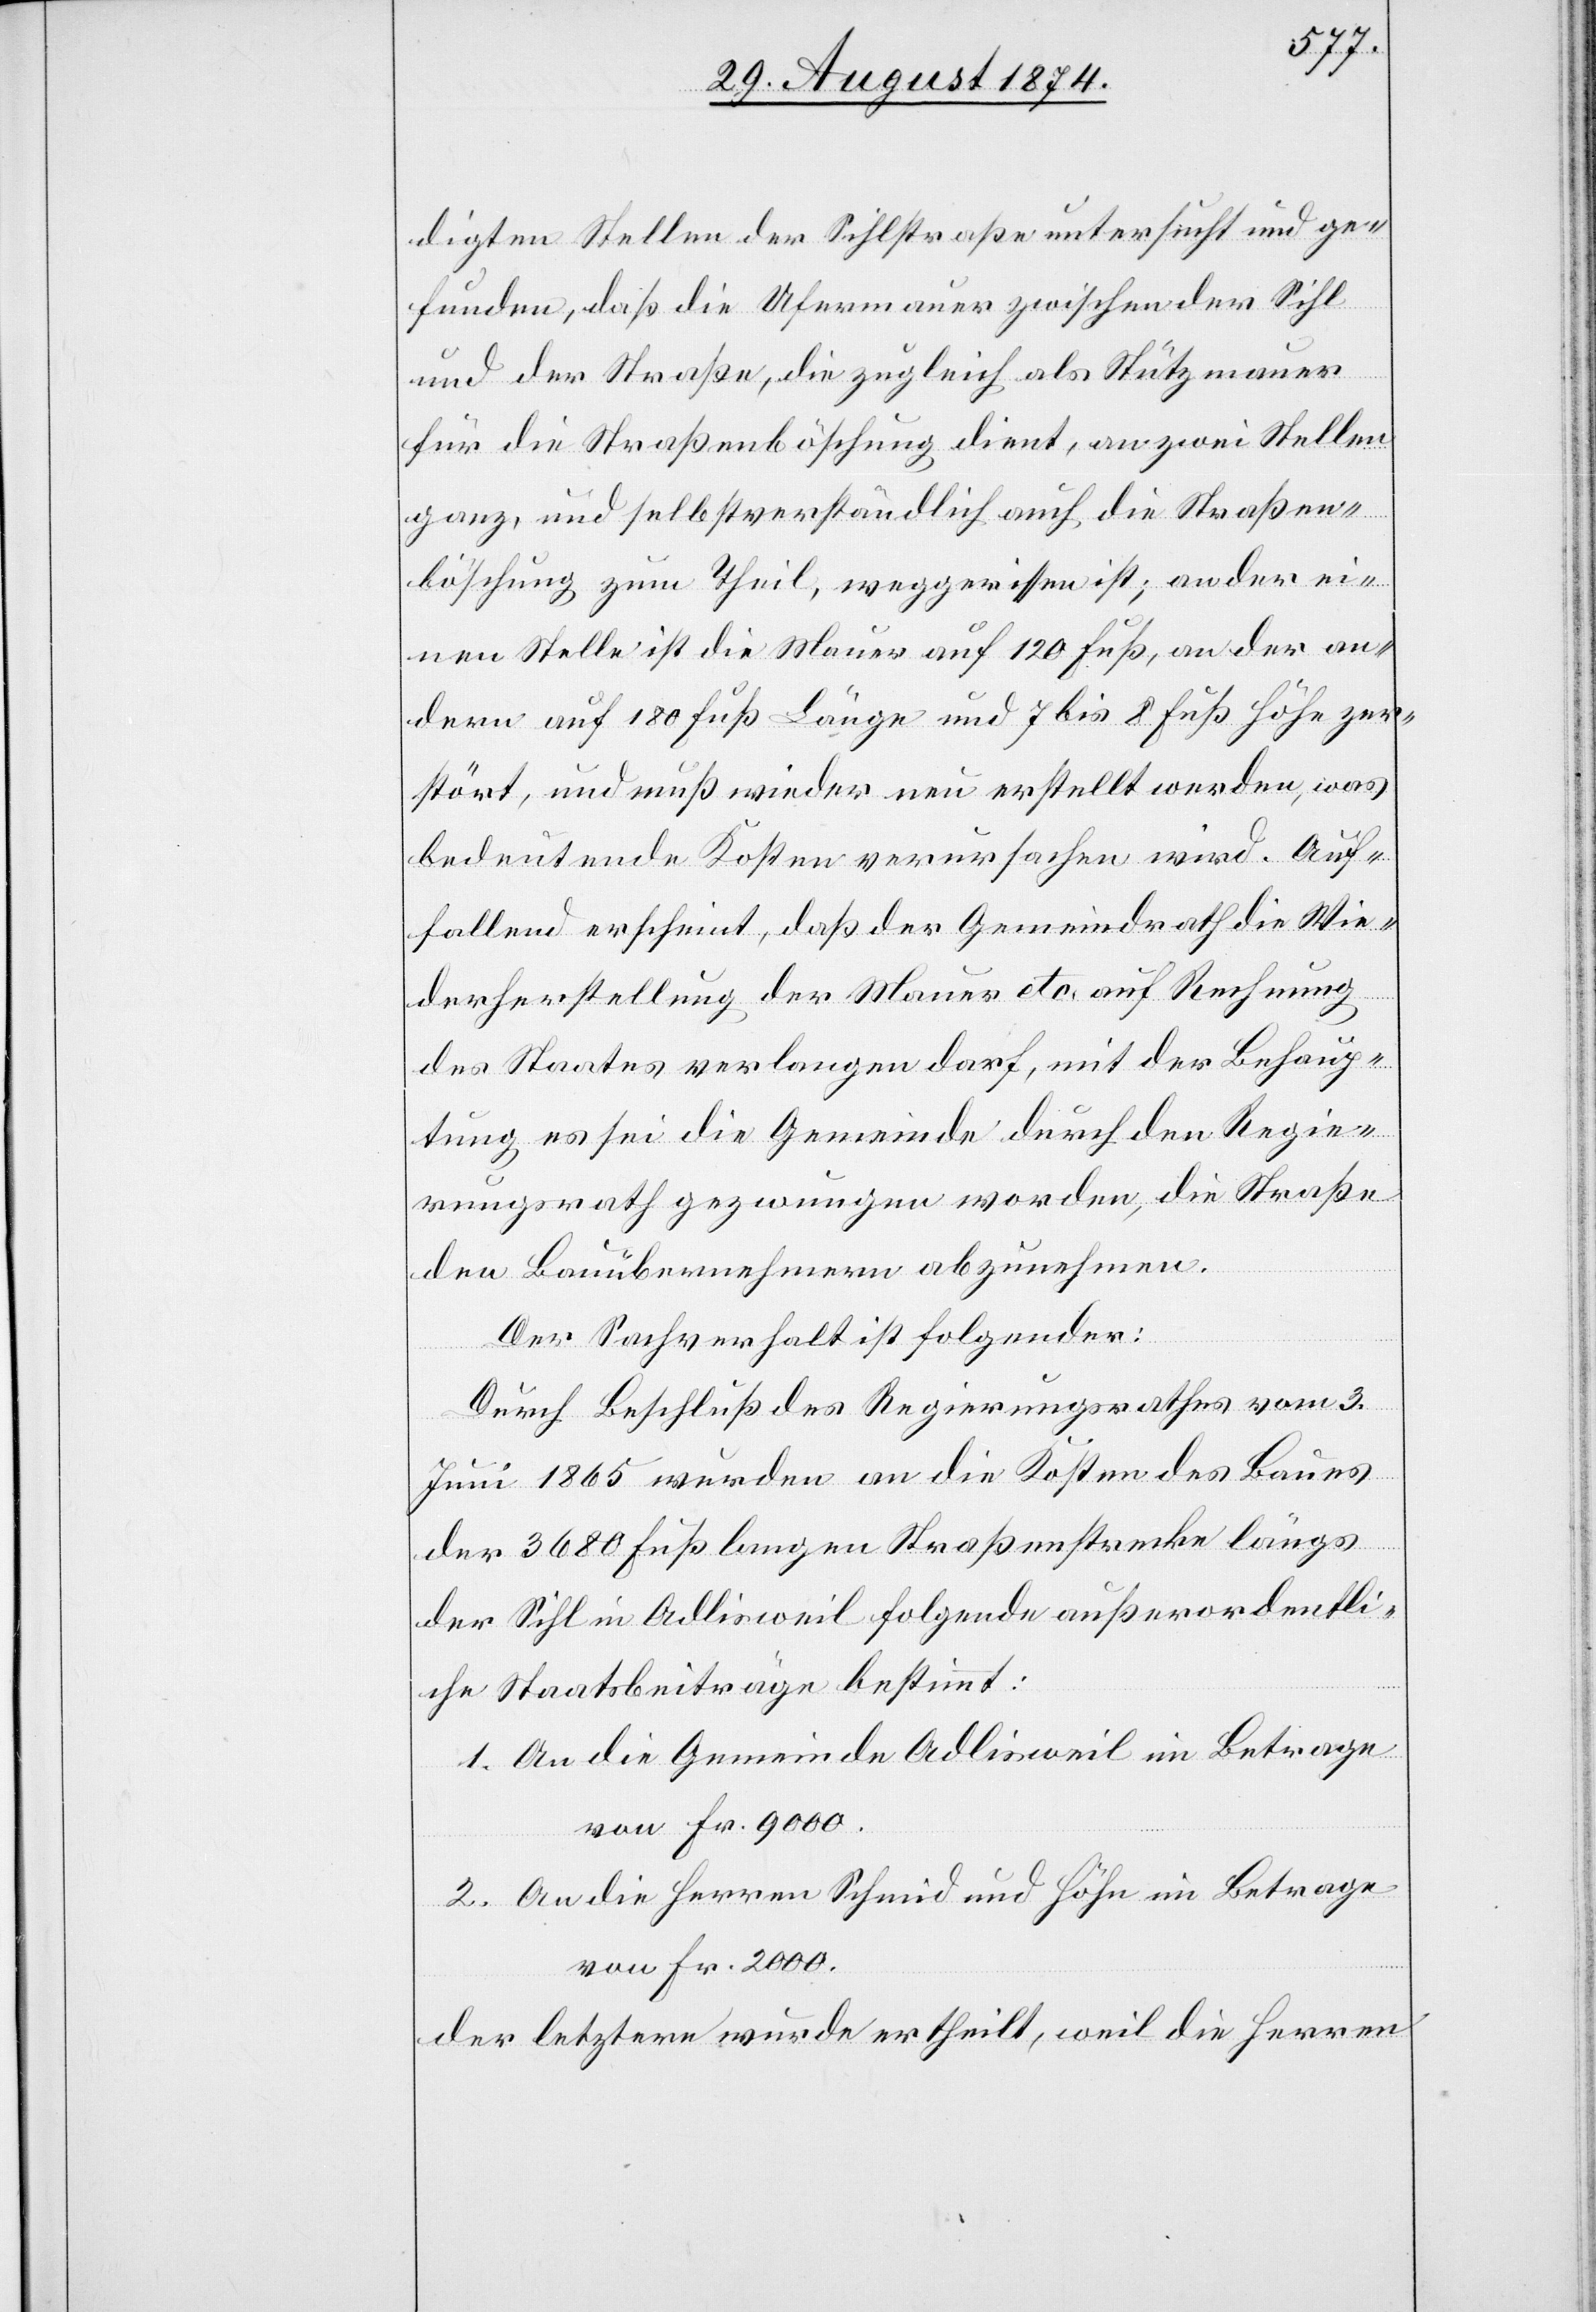
digten Stellen der Sihlstraße untersucht und ge¬
funden, daß die Ufermauer zwischen der Sihl
und der Straße, die zugleich als Stützmauer
für die Straßenböschung dient, an zwei Stellen
ganz, und selbstverständlich auch die Straßen¬
böschung zum Theil, weggerissen ist; an der ei¬
nen Stelle ist die Mauer auf 120 Fuß, an der an¬
dern auf 180 Fuß Länge und 7 bis 8 Fuß Höhe zer¬
stört, und muß wieder neu erstellt werden, was
bedeutende Kosten verursachen wird. Auf¬
fallend erscheint, daß der Gemeindrath die Wie¬
derherstellung der Mauer etc. auf Rechnung
des Staates verlangen darf, mit der Behaup¬
tung es sei die Gemeinde durch den Regie¬
rungsrath gezwungen worden, die Straße
den Bauübernehmern abzunehmen.
Der Sachverhalt ist folgender:
Durch Beschluß des Regierungsrathes vom 3.
Juni 1865 wurden an die Kosten des Baues
der 3680 Fuß langen Straßenstrecke längs
der Sihl in Adlisweil folgende außerordentli¬
che Staatsbeiträge bestimmt:
1. An die Gemeinde Adlisweil im Betrage
von Fr. 9000.
2. An die Herren Schmid und Höhe im Betrage
von Fr. 2000.
der letztere wurde ertheilt, weil die Herren